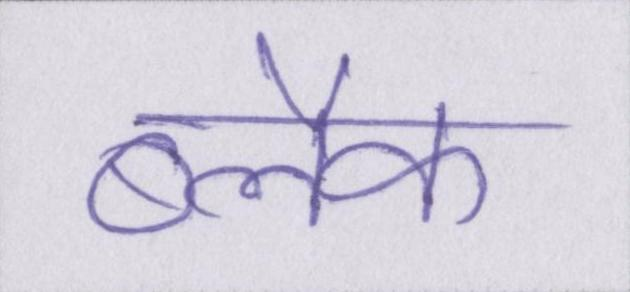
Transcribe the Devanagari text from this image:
ब्लैक